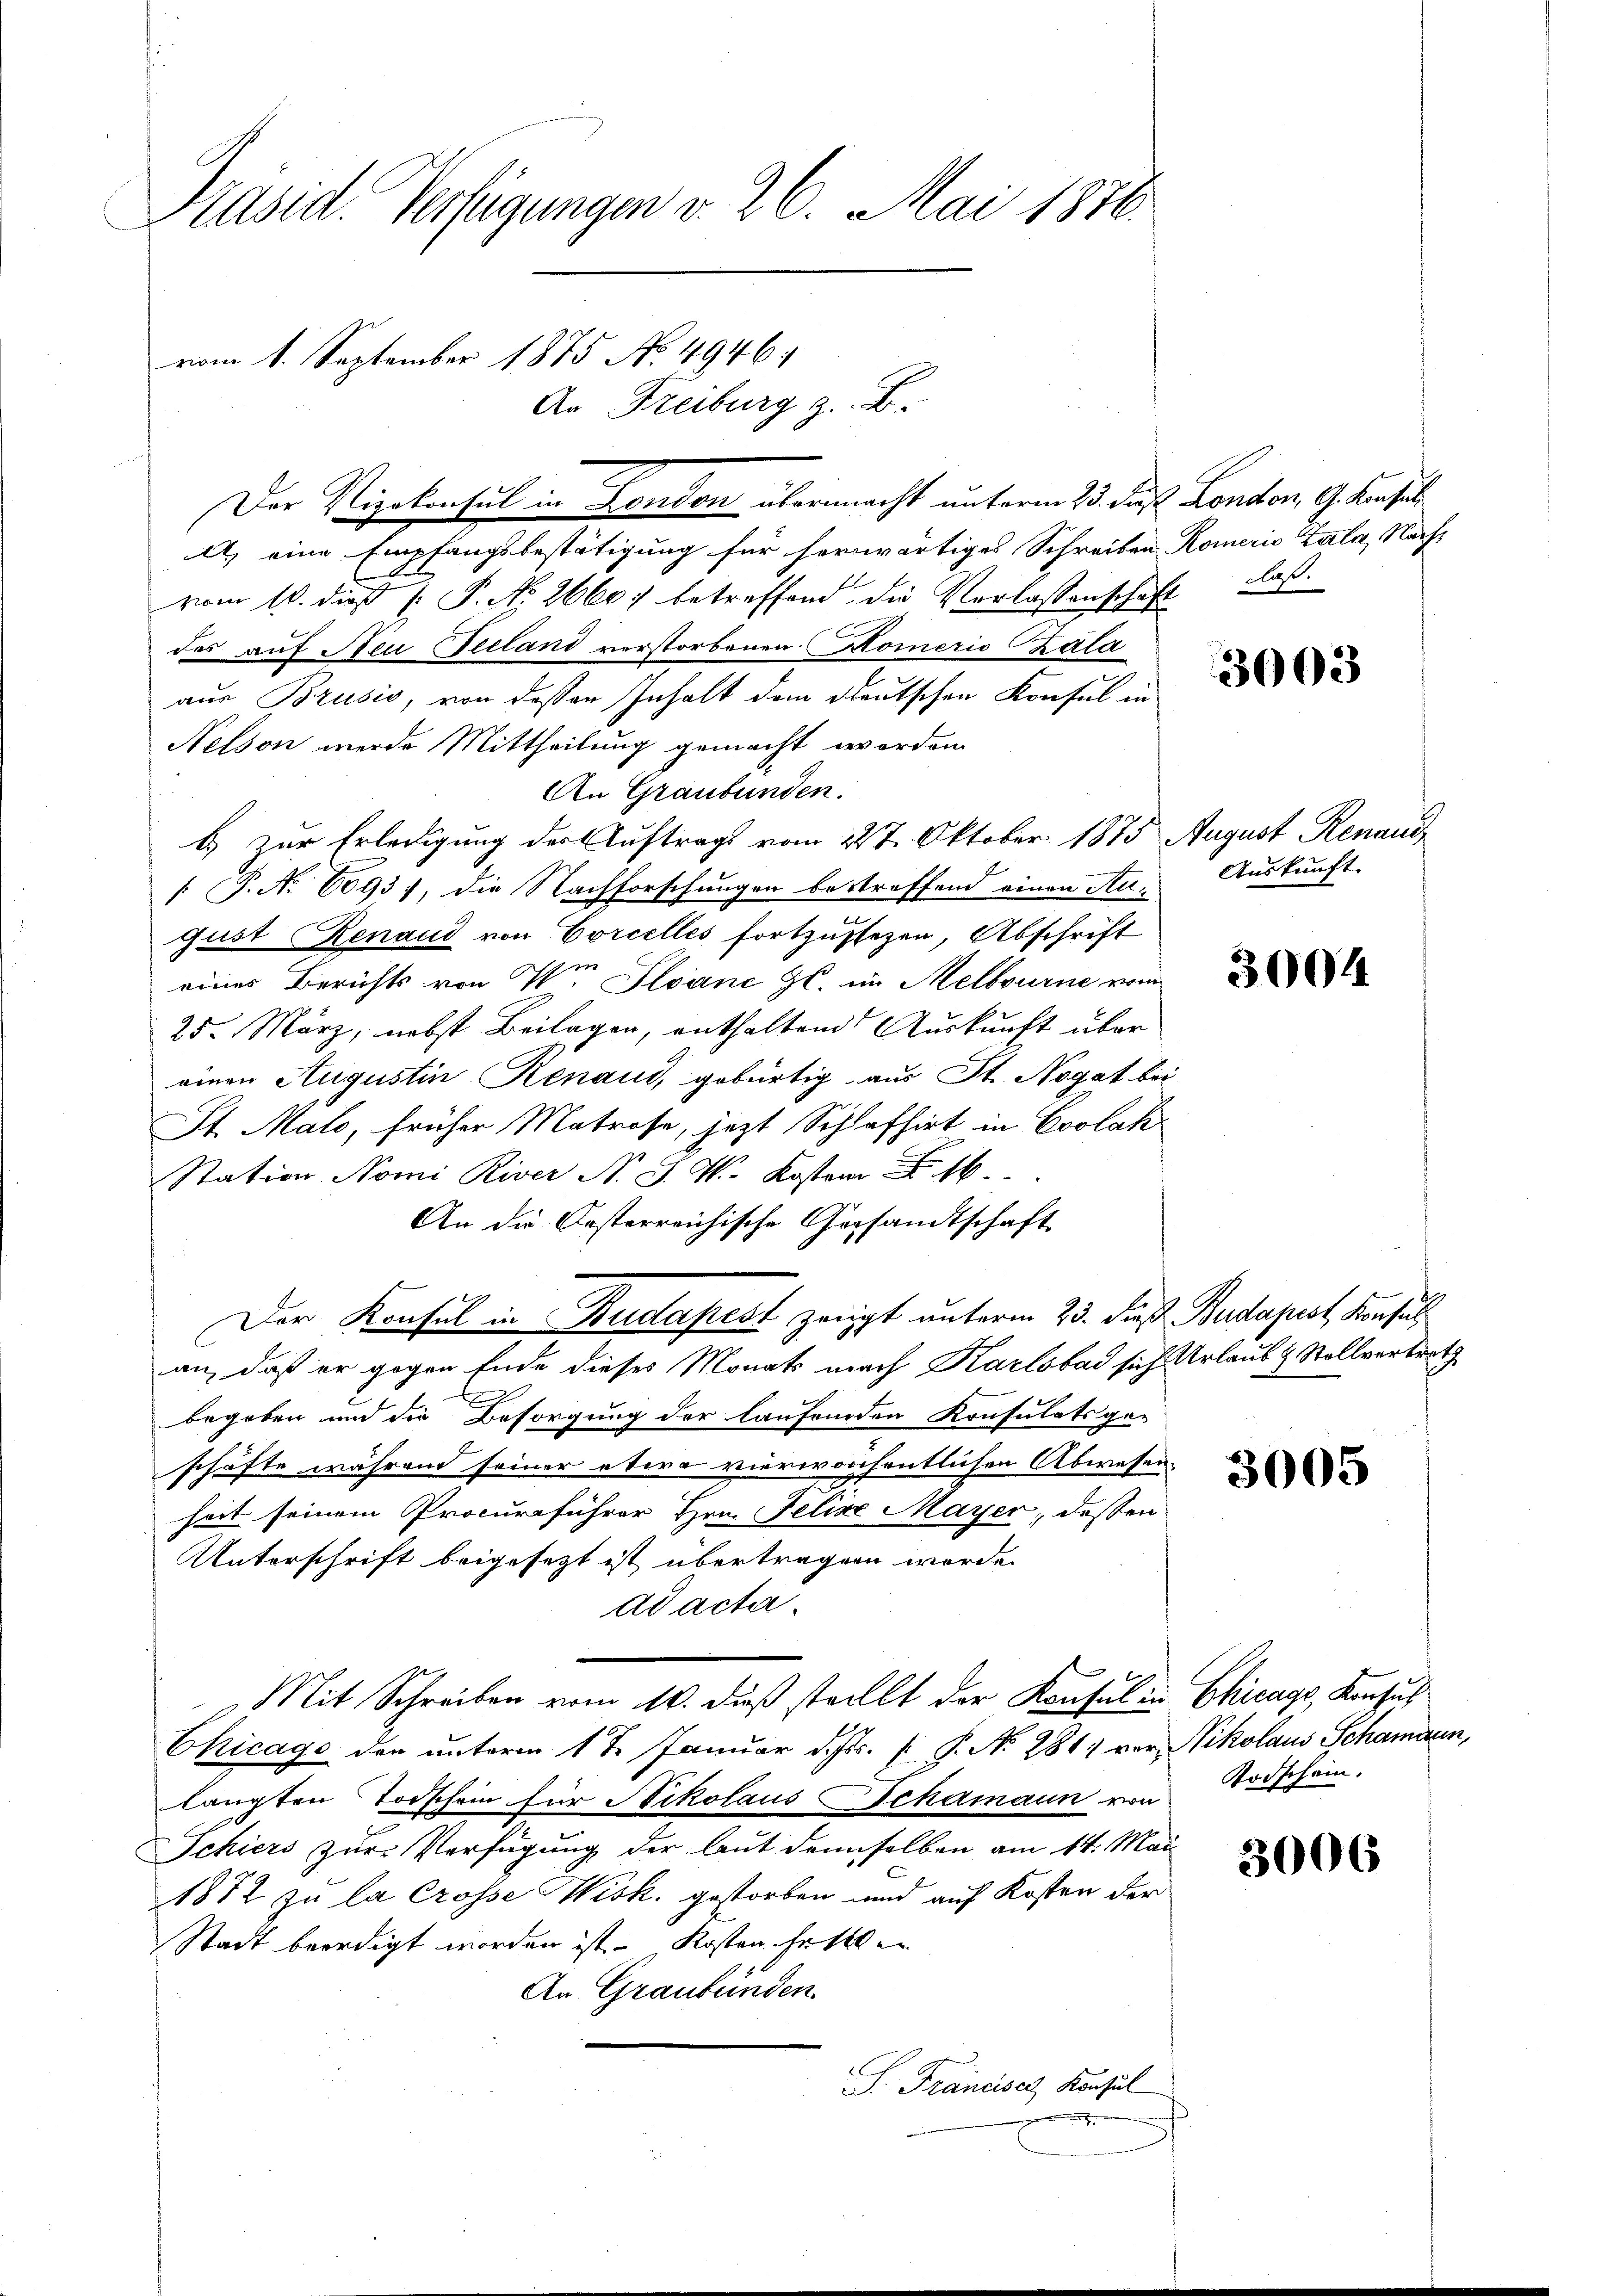
Präsid. Verfügungen v. 26. Mai 1876.
vom 1. September 1875 No. 4946.
An Freiburg z. B.

Der Vizekonsul in London übermacht unterm 23. das London, G. Konsul

A.) eine Empfangsbestätigung für herwärtiges Schreiben Komerie Zala, Nachvom 10. dieß P. P. N. 2660 betreffend die Vorlassenschaft laß
des auf Neu Teeland verstorbenen Komeris Kala
aus Brusis, von dessen Inhalt dem deutschen Konsul in
Nelson werde Mittheilung gemacht worden.
An Graubünden.
b) zur Erledigung der Auftrags vom 227. Oktober 1875 August Renaui
1 P. No 6093), die Nachforschungen bestreffend einen August Renaud von Corcelles fortzussezen, Abschrift
eines Berichts von Wr Plane Gl. im Melbourne vom
25. März, nebst Beilagen, enthaltend Auskunft über
einen Augustin Renaud, gebürtig aus St. Nogat bei
St. Male, früher Matrose, jezt Schlafhirt in Coolak
Sta
An die Oesterreichische Gesandtschaft
Der Konsul in Budapest zeigt unterm 25. Fuß Budapest, Konsul
an, daß er gegen Ende dieses Monats nach Karlsbad sich Urlaub & Stellvertrath
E
begeben und die Besorgung der laufenden Konsulatsge-
schäfte während seiner etwa vierwochentlichen Abwesen.
heit seinem Procuraführer Hrn. Felix Mayer, dessen
Unterschrift beigesetzt ist übertragen werde.
ad acta.
Mit Schreiben vom 10. dieß stellt der Konsul in Chicago, Konsul
Chicage den unterm 1te Januar d. Js. [S. No 281 vor Nikolaus Schamann,
langten Todschein für Nikolaus Schamann von
Schiers zur Verfügung der laut demselben am 14. Mai
1872 zu la Crosse Wisk. gestorben und auf Kosten der
Stadt beerdigt worden ist. Kosten Fettler
An Graubünden.
S. Franciser Konsul

3003

Auskunft.

3004

3005

Todschein.

3006